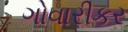
ગોવારીકર